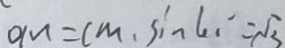
O M = C M , \sin 4 5 = \sqrt { 3 }